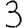
Digit: 3